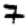
Digit: 7